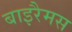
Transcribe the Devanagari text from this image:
बाइरैमस